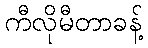
ကီလိုမီတာခန့်